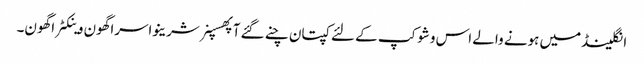
انگلینڈمیں ہونے والے اس وشوکپ کے لئے کپتان چنے گئے آپھسپنر شرینواسراگھون وینکٹراگھون۔